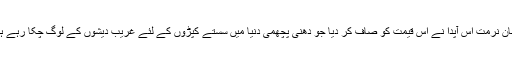
انسان نرمت اس آپدا نے اس قیمت کو صاف کر دیا جو دھنی پچھمی دنیا میں سستے کپڑوں کے لئے غریب دیشوں کے لوگ چکا رہے ہیں۔